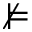
\nvDash